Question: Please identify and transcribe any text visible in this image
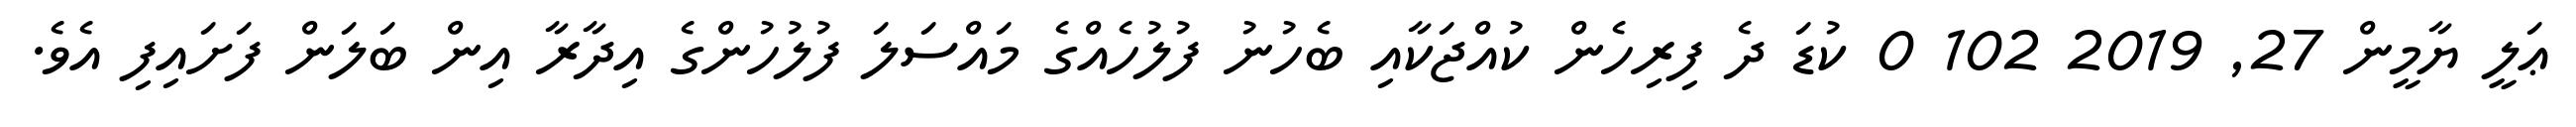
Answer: ޢަލީ ޔާމީން 27, 2019 102 0 ކުޑަ ދެ ފިރިހެން ކުއްޖަކާއި ބެހުނު ފުލުހެއްގެ މައްސަލަ ފުލުހުންގެ އިދާރާ އިން ބަލަން ފަށައިފި އެވެ.